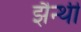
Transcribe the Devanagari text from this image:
झैन्थी